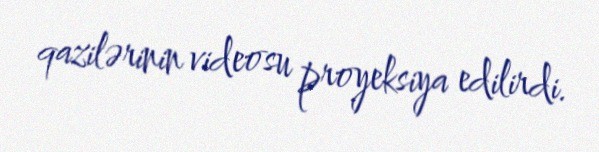
qazilərinin videosu proyeksiya edilirdi.